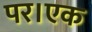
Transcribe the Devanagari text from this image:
पर।एक